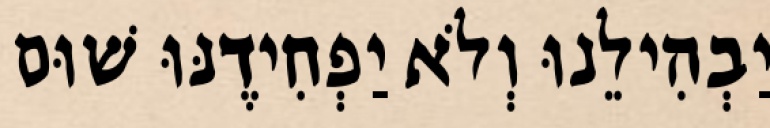
יַבְהִילֵנוּ וְלֹא יַפְחִידֶנּוּ שׁוּם